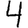
Digit: 4